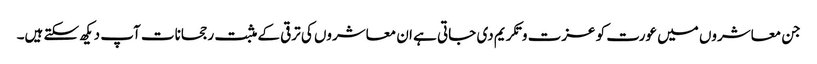
جن معاشروں میں عورت کو عزت و تکریم دی جاتی ہے ان معاشروں کی ترقی کے مثبت رجحانات آپ دیکھ سکتے ہیں۔